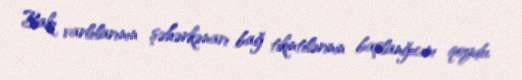
Bakı varlılarının şəhərkənarı bağ tikintilərinin başlanğıcını qoydu.